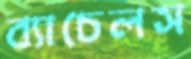
ব্যাচেলস